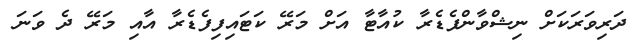
ދަރިވަރަކަށް ނިޝްވާންފެޑެރާ ކުއާޓާ އަށް މަރޭ ކަޓައިފިފެޑެރާ އާއި މަރޭ ދެ ވަނަ